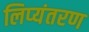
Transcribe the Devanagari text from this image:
लिप्‍यंतरण